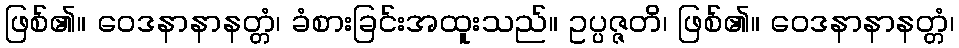
ဖြစ်၏။ ဝေဒနာနာနတ္တံ၊ ခံစားခြင်းအထူးသည်။ ဥပ္ပဇ္ဇတိ၊ ဖြစ်၏။ ဝေဒနာနာနတ္တံ၊